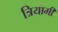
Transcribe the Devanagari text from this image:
त्रियामी